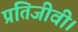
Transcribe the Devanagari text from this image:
प्रतिजीवी।